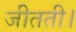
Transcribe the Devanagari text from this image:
जीतती।